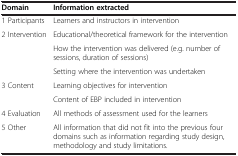
| Domain | Information extracted |
 | --- | --- |
 | 1 Participants | Learners and instructors in intervention |
 | <ROWSPAN=3> 2 Intervention | Educational/theoretical framework for the intervention |
 | How the intervention was delivered (e.g. number of sessions, duration of sessions) |
 | Setting where the intervention was undertaken |
 | <ROWSPAN=2> 3 Content | Learning objectives for intervention |
 | Content of EBP included in intervention |
 | 4 Evaluation | All methods of assessment used for the learners |
 | 5 Other | All information that did not fit into the previous four domains such as information regarding study design, methodology and study limitations. |